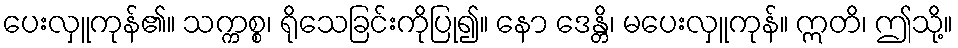
ပေးလှူကုန်၏။ သက္ကစ္စ၊ ရိုသေခြင်းကိုပြု၍။ နော ဒေန္တိ၊ မပေးလှူကုန်။ ဣတိ၊ ဤသို့။